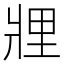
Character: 𤖃